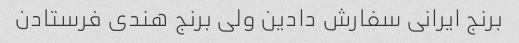
برنج ایرانی سفارش دادین ولی برنج هندی فرستادن